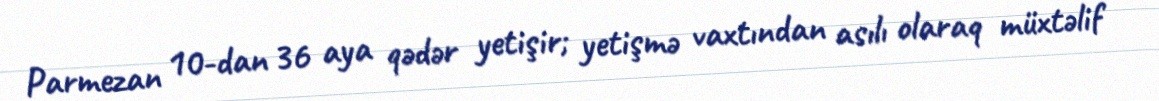
Parmezan 10-dan 36 aya qədər yetişir; yetişmə vaxtından asılı olaraq müxtəlif